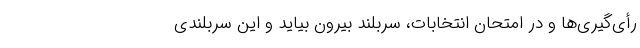
رأی‌گیری‌ها و در امتحان انتخابات، سربلند بیرون بیاید و این سربلندی